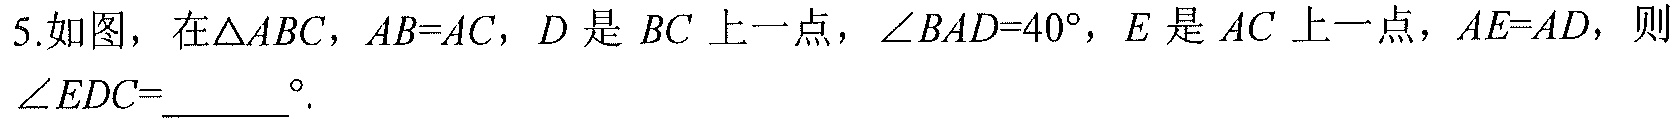
5.如图，在\(\triangle ABC\)，\(AB = AC\)，\(D\)是\(BC\)上一点，\(\angle BAD = 40^{\circ}\)，\(E\)是\(AC\)上一点，\(AE = AD\)，则\(\angle EDC = \underline{\ \ \ \ }^{\circ}\).